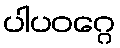
ပါပဝဂ္ဂေ